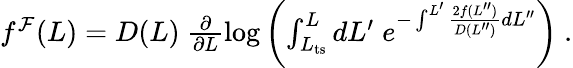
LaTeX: \begin{array}{r}{f^{\mathcal{F}}(L)=D(L)\ \frac{\partial}{\partial L}\log\left(\int_{L_{\mathrm{ts}}}^{L}dL^{\prime}\; e^{-\int^{L^{\prime}}\frac{2f(L^{\prime\prime})}{D(L^{\prime\prime})}dL^{\prime\prime}}\right)\ .}\end{array}